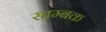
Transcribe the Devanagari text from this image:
साम्बक